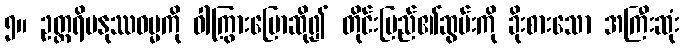
၅။ ဥတ္တရိမနုဿဓမ္မကို ဝါကြွားပြောဆို၍ တိုင်းပြည်၏ဆွမ်းကို ခိုးစားသော အကြီးဆုံး